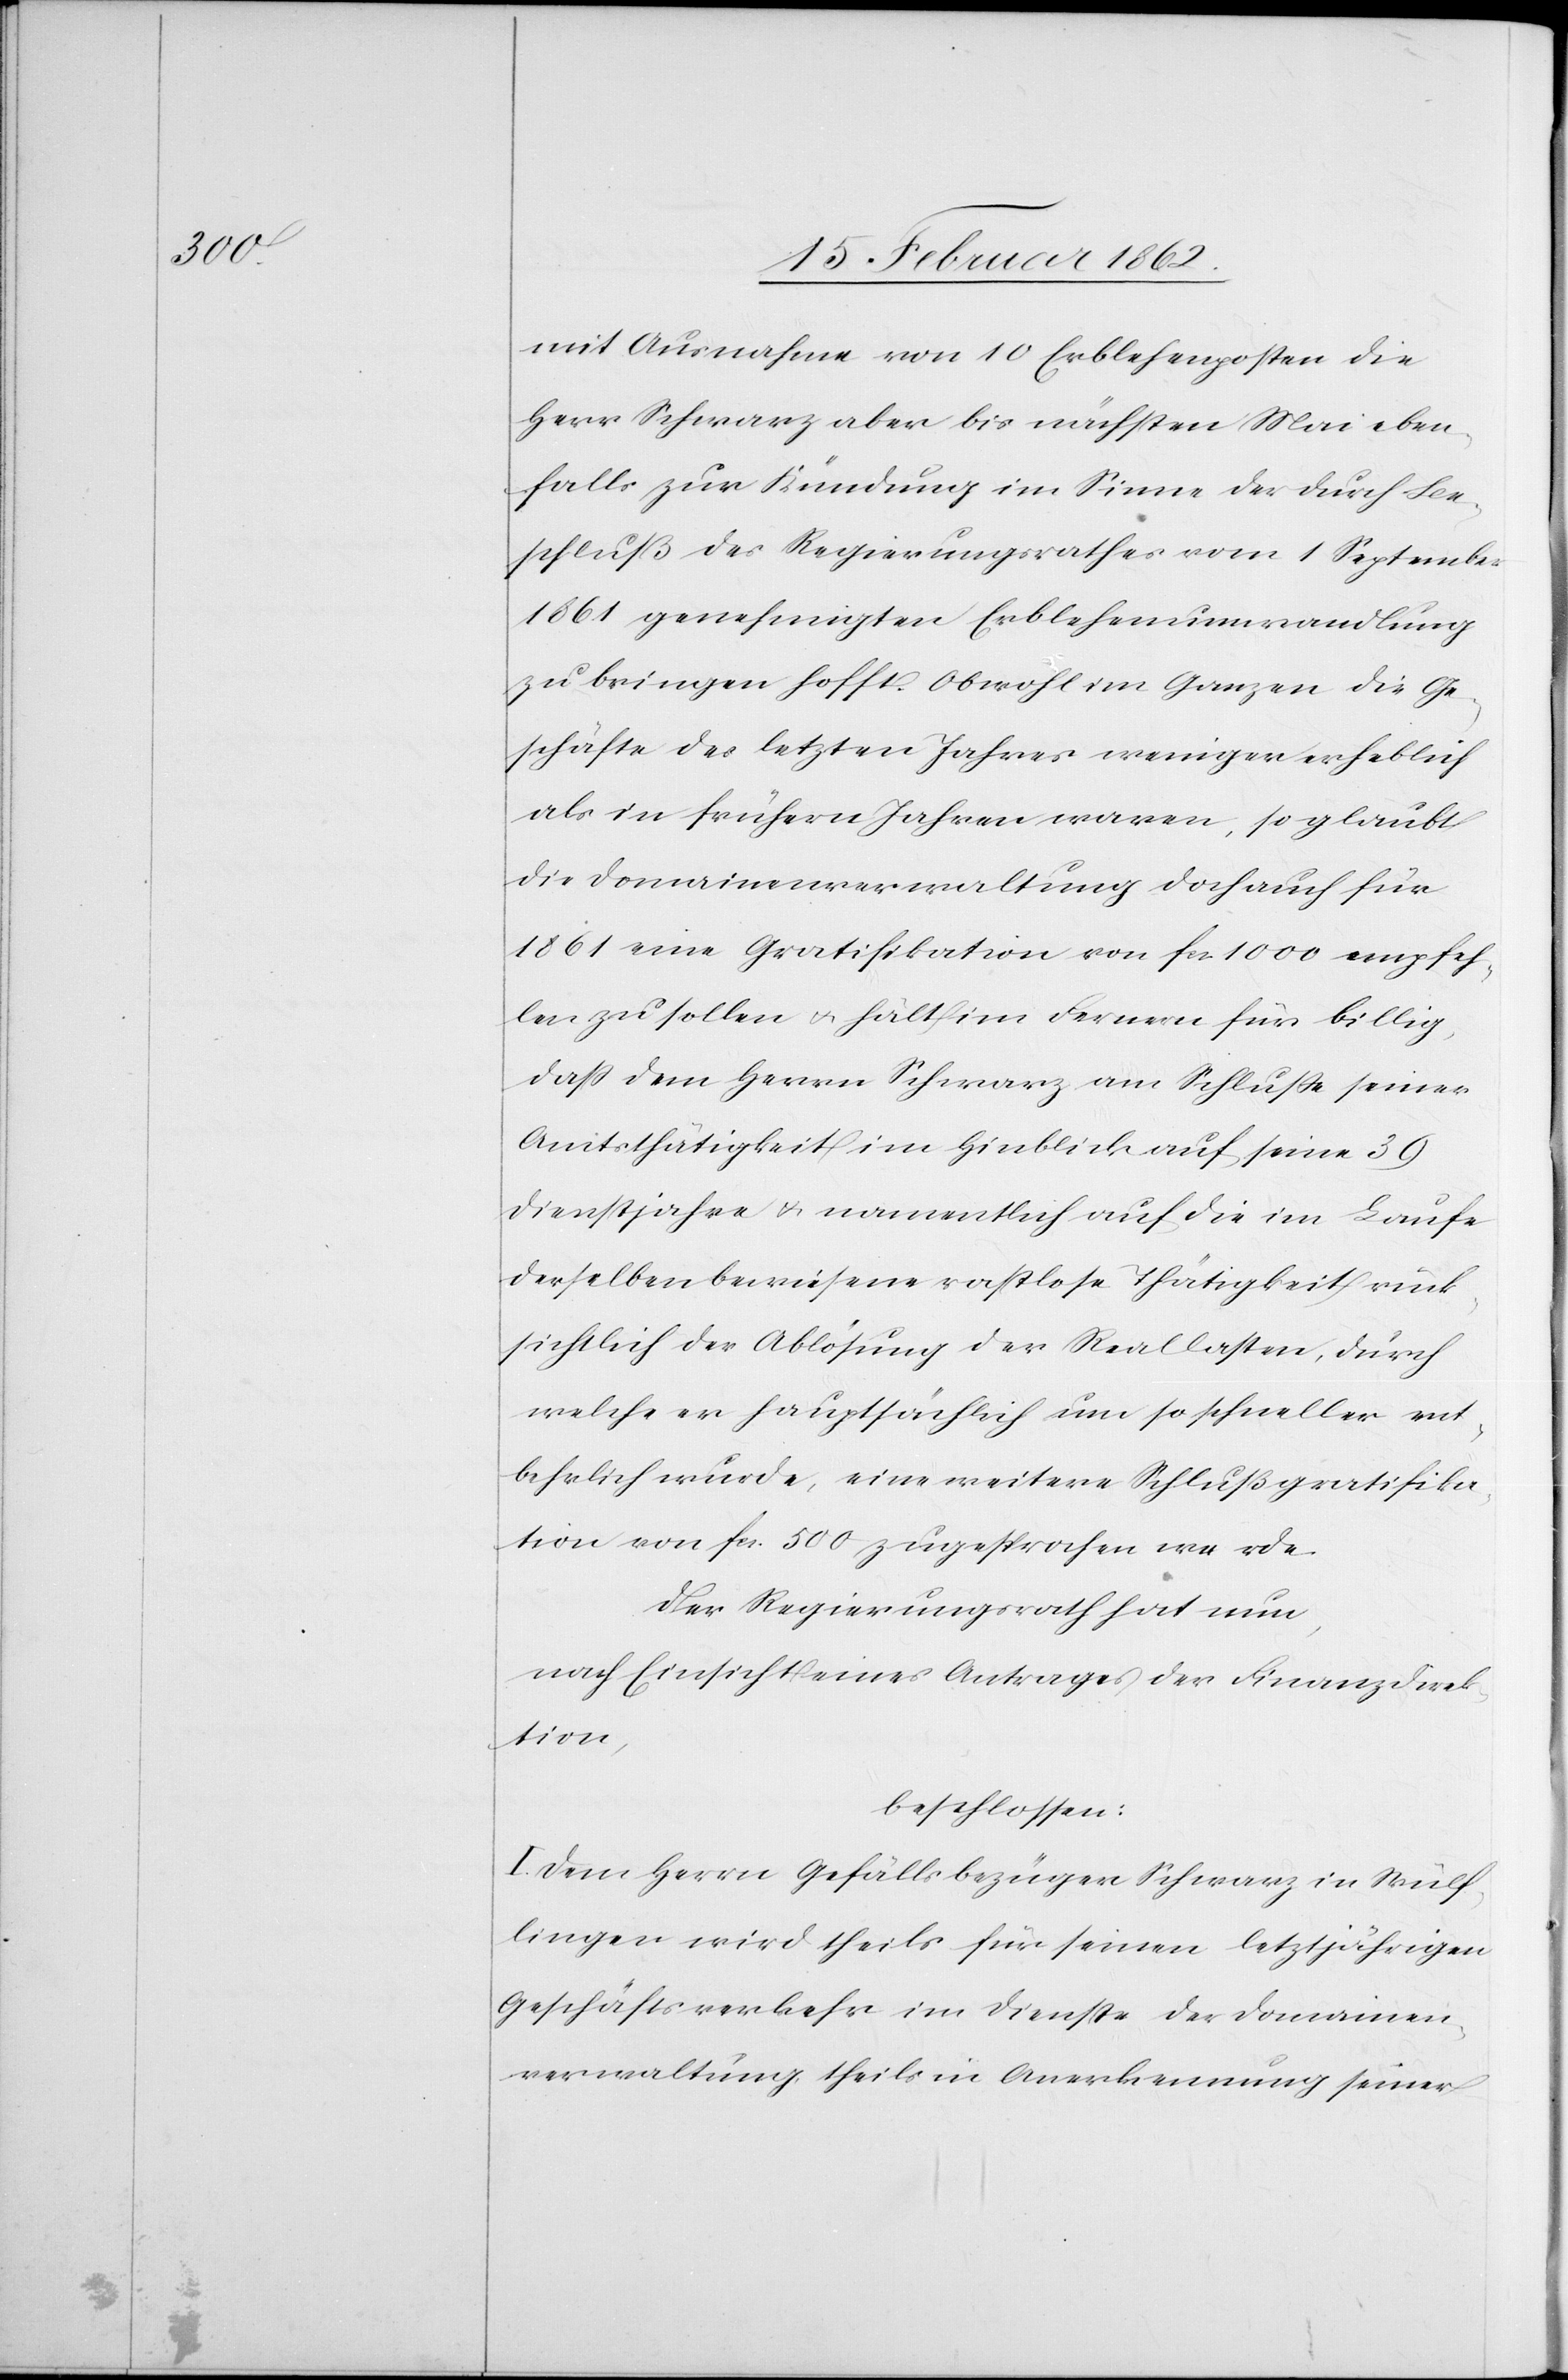
mit Ausnahme von 10 Erblehenposten die
Herr Schwarz aber bis nächsten Mai eben¬
falls zur Kündung im Sinne der durch Be¬
schluß des Regierungsrathes vom 1 September
1861 genehmigten Erblehensumwandlung
zu bringen hofft. Obwohl im Ganzen die Ge¬
schäfte des letzten Jahres weniger erheblich
als in frühern Jahren waren, so glaubt
die Domainenverwaltung doch auch für
1861 eine Gratifikation von fcs 1000 empfeh¬
len zu sollen u. hält im Fernern für billig,
daß dem Herrn Schwarz am Schluße seiner
Amtsthätigkeit im Hinblick auf seine 39
Dienstjahre u. namentlich auf die im Laufe
derselben bewiesene rastlose Thätigkeit rück¬
sichtlich der Ablösung der Reallasten, durch
welche er hauptsächlich um so schneller ent¬
behrlich wurde, eine weitere Schlußgratifika¬
tion von fcs. 500 zugesprochen werde.
Der Regierungsrath hat nun,
nach Einsicht eines Antrages der Finanzdirek¬
tion,
beschlossen:
I. Dem Herrn Gefällsbezüger Schwarz in Wülf¬
lingen wird theils für seinen letztjährigen
Geschäftsverkehr im Dienste der Domainen¬
verwaltung, theils in Anerkennung seiner